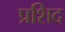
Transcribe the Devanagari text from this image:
प्रशिद